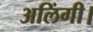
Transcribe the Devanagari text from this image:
अलिंगी।